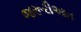
જરૂરીઆત